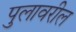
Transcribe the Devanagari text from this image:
पुलावरील